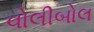
વોલીબોલ